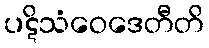
ပဋိသံဝေဒေတီတိ